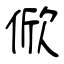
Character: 俽